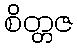
စိတ္တဇ